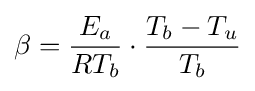
\beta ={\frac {E_{a}}{RT_{b}}}\cdot {\frac {T_{b}-T_{u}}{T_{b}}}